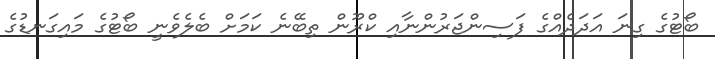
ބޯޓުގެ ގިނަ އަދަދެއްގެ ފަސިންޖަރުންނާއި ކްރޫން ތިބޭނެ ކަމަށް ބެލެވެނީ ބޯޓުގެ މައިގަނޑުގެ